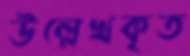
উল্লেখকৃত